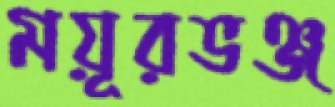
ময়ূরভঞ্জ